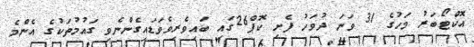
އޮކްޓޯބަރު މަހުގެ 31 ވަނަ ދުވަހު ފެށި ކޮޕް26ގައި ބައިވެރިވެވަޑައިގެންނެވި ގައުމުތަކުގެ އެންމެ